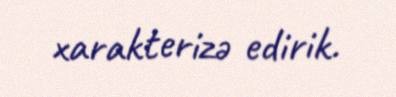
xarakterizə edirik.